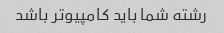
رشته شما باید کامپیوتر باشد